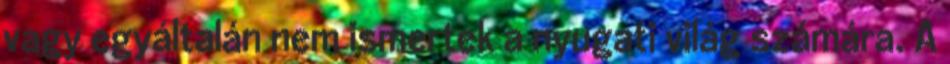
vagy egyáltalán nem ismertek a nyugati világ számára. A